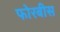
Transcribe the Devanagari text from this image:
फोरबीस